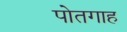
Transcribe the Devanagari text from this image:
पोतगाह